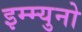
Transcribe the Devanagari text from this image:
इम्म्युनो